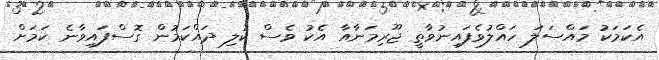
އެކަމަކު މައްސަލަ ހައްލުވެފައިނުވާތީ ޖޫރިމަނާއާ އެކު ވެސް ކުލި ދައްކަމުން ގޮސްފައިވާނެ ކަމަށް